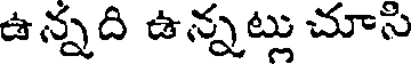
ఉన్నది ఉన్నట్లు చూసి